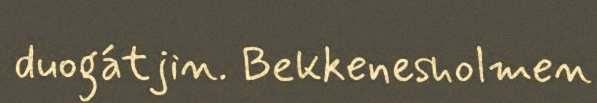
duogátjin. Bekkenesholmen